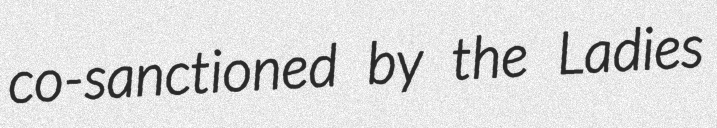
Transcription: co-sanctioned by the Ladies